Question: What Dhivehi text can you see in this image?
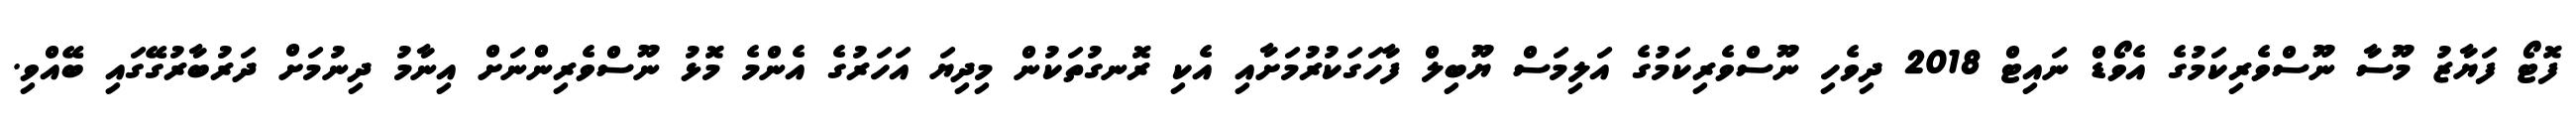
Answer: ފޮޓޯ ފަޔާޒު މޫސާ ނޫސްވެރިކަމުގެ އެވޯޑް ނައިޓް 2018 ދިވެހި ނޫސްވެރިކަމުގެ އަލިމަސް ޔޫބިލް ފާހަގަކުރުމަށާއި އެކި ރޮނގުތަކުން މިދިޔަ އަހަރުގެ އެންމެ މޮޅު ނޫސްވެރިންނަށް އިނާމު ދިނުމަށް ދަރުބާރުގޭގައި ބޭއްވި.